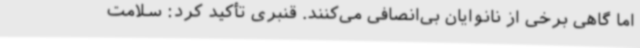
اما گاهی برخی از نانوایان بی‌انصافی می‌کنند. قنبری تأکید کرد: سلامت